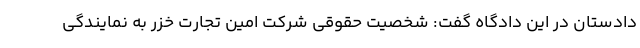
دادستان در این دادگاه گفت: شخصیت حقوقی شرکت امین تجارت خزر به نمایندگی